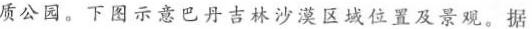
质公园。下图示意巴丹吉林沙漠区域位置及景观。据